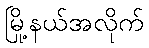
မြို့နယ်အလိုက်